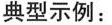
典型示例：